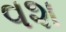
વશ